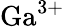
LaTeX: \mathrm{Ga}^{3+}